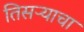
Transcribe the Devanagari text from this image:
तिसऱ्याचा